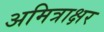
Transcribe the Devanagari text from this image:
अमित्राक्षर